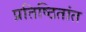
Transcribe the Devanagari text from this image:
प्रतिष्ठितांत